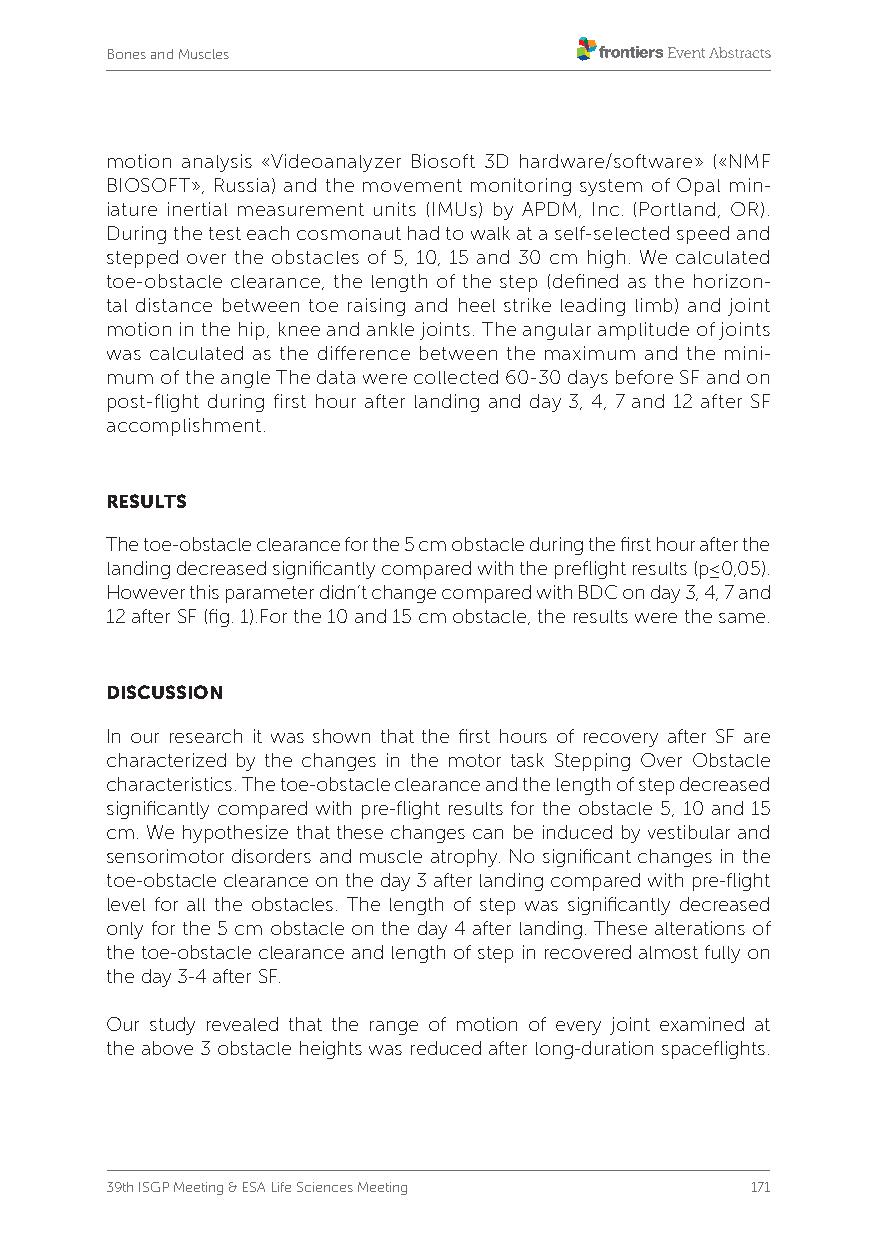
Bones and Muscles
 motion analysis «Videoanalyzer Biosoft 3D hardware/software» («NMF
 BIOSOFT», Russia) and the movement monitoring system of Opal min-
 iature inertial measurement units (IMUs) by APDM, Inc. (Portland, OR).
 During the test each cosmonaut had to walk at a self-selected speed and
 stepped over the obstacles of 5, 10, 15 and 30 cm high. We calculated
 toe-obstacle clearance, the length of the step (defined as the horizon-
 tal distance between toe raising and heel strike leading limb) and joint
 motion in the hip, knee and ankle joints. The angular amplitude of joints
 was calculated as the difference between the maximum and the mini-
 mum of the angle The data were collected 60-30 days before SF and on
 post-flight during first hour after landing and day 3, 4, 7 and 12 after SF
 accomplishment.
 RESULTS
 The toe-obstacle clearance for the 5 cm obstacle during the first hour after the
 landing decreased significantly compared with the preflight results (p≤0,05).
 However this parameter didn’t change compared with BDC on day 3, 4, 7 and
 12 after SF (fig. 1).For the 10 and 15 cm obstacle, the results were the same.
 DISCUSSION
 In our research it was shown that the first hours of recovery after SF are
 characterized by the changes in the motor task Stepping Over Obstacle
 characteristics. The toe-obstacle clearance and the length of step decreased
 significantly compared with pre-flight results for the obstacle 5, 10 and 15
 cm. We hypothesize that these changes can be induced by vestibular and
 sensorimotor disorders and muscle atrophy. No significant changes in the
 toe-obstacle clearance on the day 3 after landing compared with pre-flight
 level for all the obstacles. The length of step was significantly decreased
 only for the 5 cm obstacle on the day 4 after landing. These alterations of
 the toe-obstacle clearance and length of step in recovered almost fully on
 the day 3-4 after SF.
 Our study revealed that the range of motion of every joint examined at
 the above 3 obstacle heights was reduced after long-duration spaceflights.
 39th ISGP Meeting & ESA Life Sciences Meeting 171